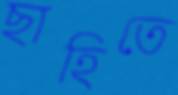
ছাহিতে